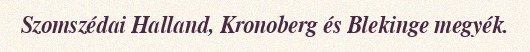
Szomszédai Halland, Kronoberg és Blekinge megyék.